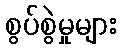
စွပ်စွဲမှုများ